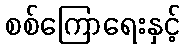
စစ်ကြောရေးနှင့်